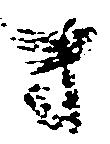
き